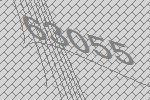
63055